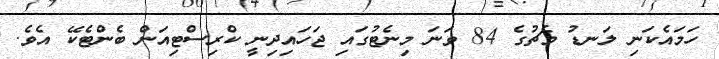
ހަމައެކަނި ލަނޑު މެޗުގެ 84 ވަނަ މިނެޓުގައި ޖަހައިދިނީ ކްރިސްޓިއަން ބެންޓެކޭ އެވެ.